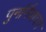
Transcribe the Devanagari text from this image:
पुनर्निवाचन